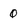
Character: 0